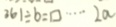
3 6 1 \div b = \square \cdots 2 a